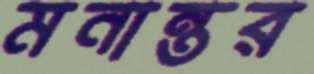
মনান্তর